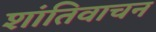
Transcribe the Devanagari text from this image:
शांतिवाचन